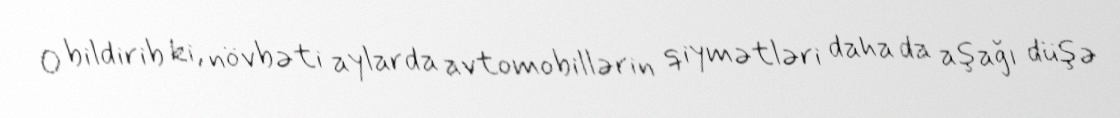
O bildirib ki, növbəti aylarda avtomobillərin qiymətləri daha da aşağı düşə